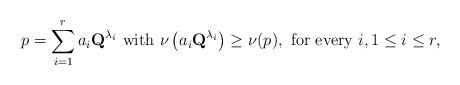
LaTeX: \begin{align*}p=\sum_{i=1}^ra_i\textbf{Q}^{\lambda_i}\mbox{ with }\nu\left(a_i\textbf{Q}^{\lambda_i}\right)\geq \nu(p),\mbox{ for every }i, 1\leq i\leq r,\end{align*}